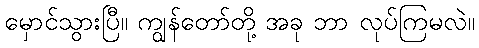
မှောင်သွားပြီ။ ကျွန်တော်တို့ အခု ဘာ လုပ်ကြမလဲ။